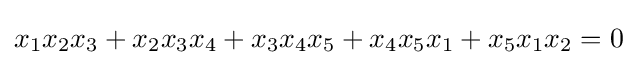
x_{1}x_{2}x_{3}+x_{2}x_{3}x_{4}+x_{3}x_{4}x_{5}+x_{4}x_{5}x_{1}+x_{5}x_{1}x_{2}=0